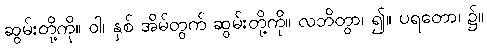
ဆွမ်းတို့ကို။ ဝါ၊ နှစ် အိမ်တွက် ဆွမ်းတို့ကို။ လဘိတွာ၊ ၍။ ပရတော၊ ၌။